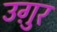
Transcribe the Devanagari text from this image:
उग़ुर